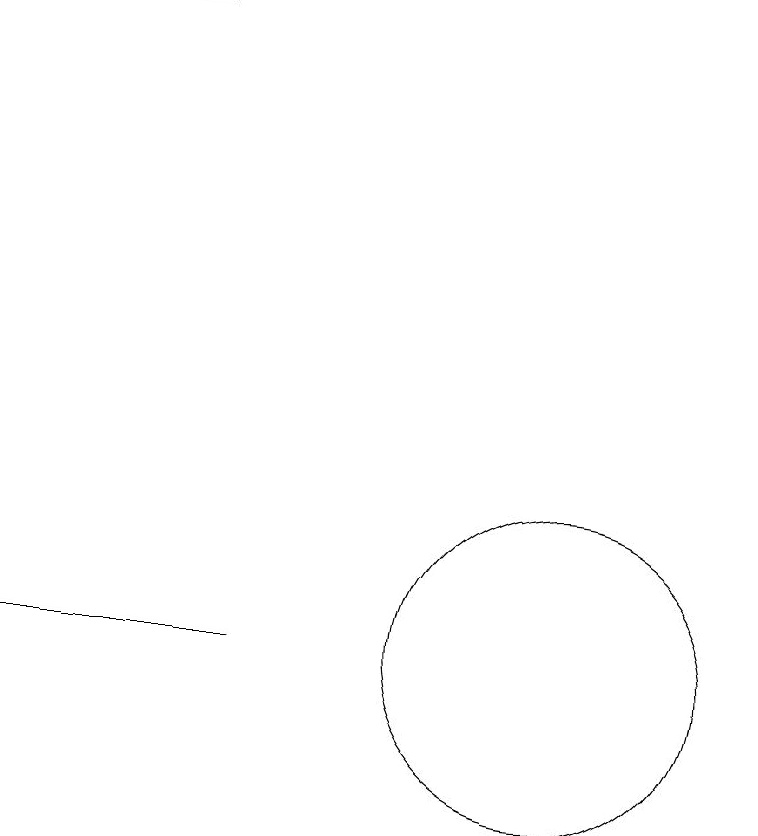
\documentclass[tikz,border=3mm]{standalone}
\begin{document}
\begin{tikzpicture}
\draw[->] (5,19) -- (3,19);
\draw (10,12) circle (0);
\draw (10,11) circle (2);
\draw (3,11) rectangle (6,11);
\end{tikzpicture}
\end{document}